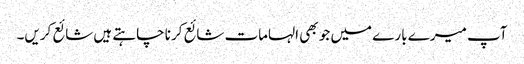
آپ میرے بارے میں جو بھی الہامات شائع کرنا چاہتے ہیں شائع کریں۔